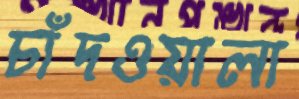
চাঁদওয়ালা